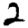
Digit: 2